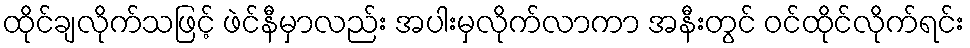
ထိုင်ချလိုက်သဖြင့် ဖဲင်နီမှာလည်း အပါးမှလိုက်လာကာ အနီးတွင် ဝင်ထိုင်လိုက်ရင်း